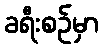
ခရီးစဉ်မှာ